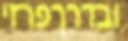
ובדרךפרזי